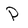
Character: P